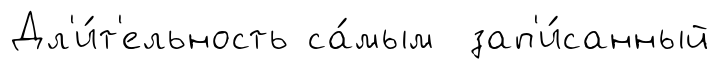
Дл'и́т'ельность са́мым зап'и́санный